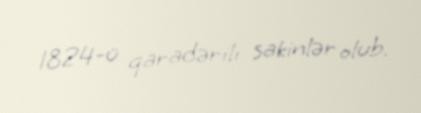
1824-ü qaradərili sakinlər olub.